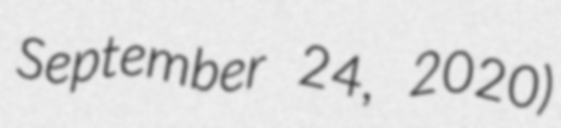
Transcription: September 24, 2020)